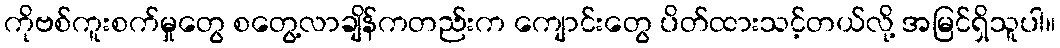
ကိုဗစ်ကူးစက်မှုတွေ စတွေ့လာချိန်ကတည်းက ကျောင်းတွေ ပိတ်ထားသင့်တယ်လို့ အမြင်ရှိသူပါ။